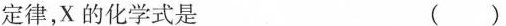
定律，X的化学式是 ()